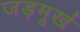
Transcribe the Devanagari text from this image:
जड़मूर्ख